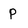
Character: P